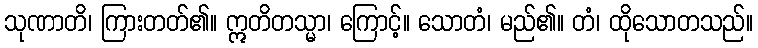
သုဏာတိ၊ ကြားတတ်၏။ ဣတိတသ္မာ၊ ကြောင့်။ သောတံ၊ မည်၏။ တံ၊ ထိုသောတသည်။